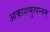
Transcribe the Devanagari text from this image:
आकाशमुत्पन्नम्‌